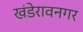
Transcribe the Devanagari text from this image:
खंडेरावनगर